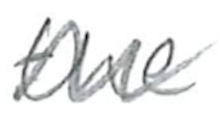
Text: the
Cross-out: zig-zag
Writing tool: pencil